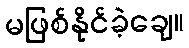
မဖြစ်နိုင်ခဲ့ချေ။